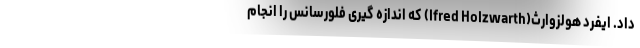
داد. ایفرد هولزوارث(lfred Holzwarth) که اندازه گیری فلورسانس را انجام